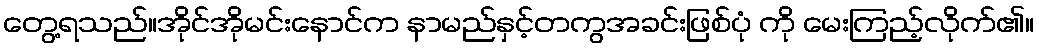
တွေ့ရသည်။အိုင်အိုမင်းနောင်က နာမည်နှင့်တကွအခင်းဖြစ်ပုံ ကို မေးကြည့်လိုက်၏။